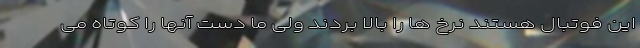
این فوتبال هستند نرخ ها را بالا بردند ولی ما دست آنها را کوتاه می